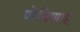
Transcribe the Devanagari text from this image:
णेमिणाह